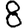
Digit: 8